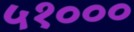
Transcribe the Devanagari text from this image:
५१०००